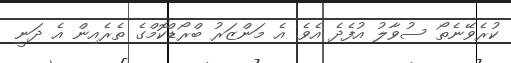
ކުރެވޭނެތޯ ސުވާލު އުފެދެ އެވެ. އެ މަންޒަރު ބްރޯޑްކޮމްގެ ތެރެއިން އެ ދަނީ